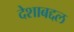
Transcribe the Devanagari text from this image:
देशाबद्दल